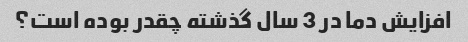
افزایش دما در 3 سال گذشته چقدر بوده است؟